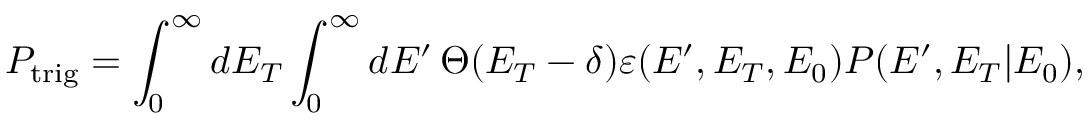
P _ { \mathrm { t r i g } } = \int _ { 0 } ^ { \infty } \mathop { d E _ { T } } \int _ { 0 } ^ { \infty } \mathop { d E ^ { \prime } } \Theta ( E _ { T } - \delta ) \varepsilon ( E ^ { \prime } , E _ { T } , E _ { 0 } ) P ( E ^ { \prime } , E _ { T } | E _ { 0 } ) ,